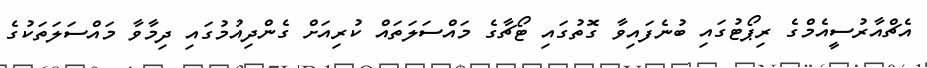
އެޗްއާރުސީއެމްގެ ރިޕޯޓުގައި ބުނެފައިވާ ގޮތުގައި ޓޯޗާގެ މައްސަލަތައް ކުރިއަށް ގެންދިއުމުގައި ދިމާވާ މައްސަލަތަކުގެ